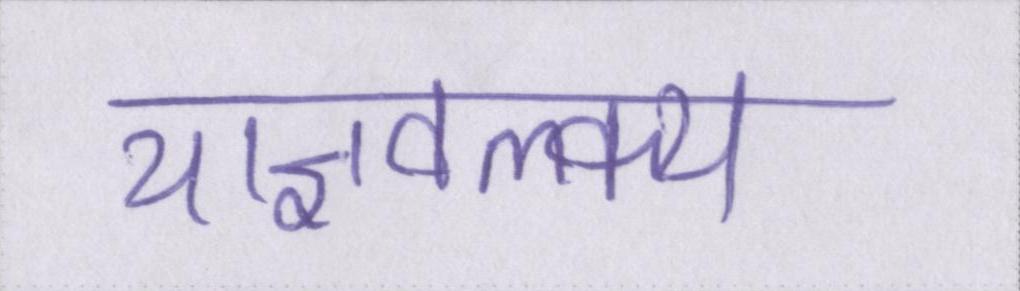
याज्ञवल्क्य